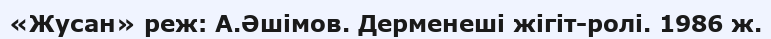
«Жусан» реж: А.Әшімов. Дерменеші жігіт-ролі. 1986 ж.